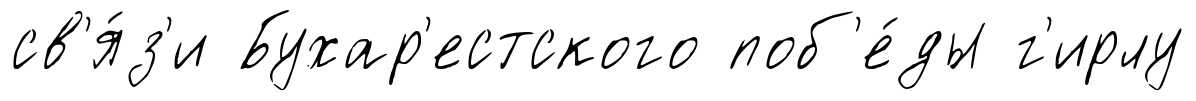
св'я́з'и Бухар'естского поб'е́ды г'ирлу